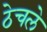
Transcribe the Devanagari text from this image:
ठेचले